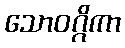
သောဝဂ္ဂိကာ